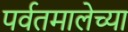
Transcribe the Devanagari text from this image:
पर्वतमालेच्या